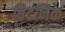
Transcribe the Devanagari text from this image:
बिटनिक